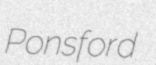
Ponsford